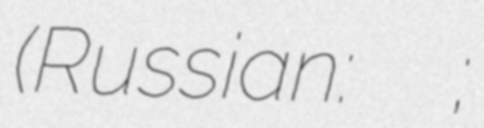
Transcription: (Russian: Константин Константинович Рокоссовский;